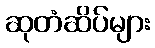
ဆုတံဆိပ်များ